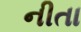
નીતા